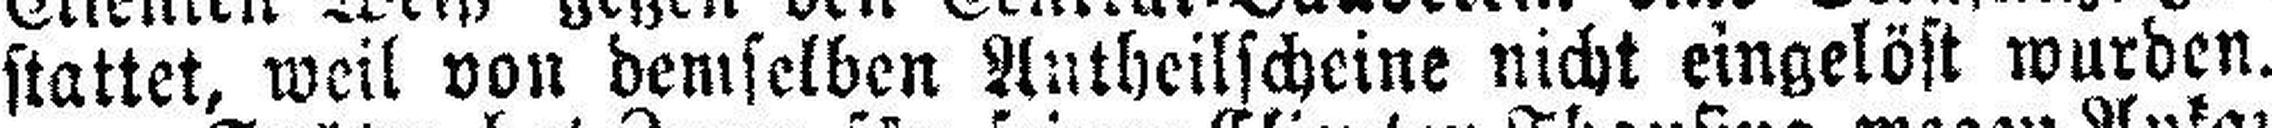
stattet, weil von demselben Antheilscheine nicht eingelöst wurden.